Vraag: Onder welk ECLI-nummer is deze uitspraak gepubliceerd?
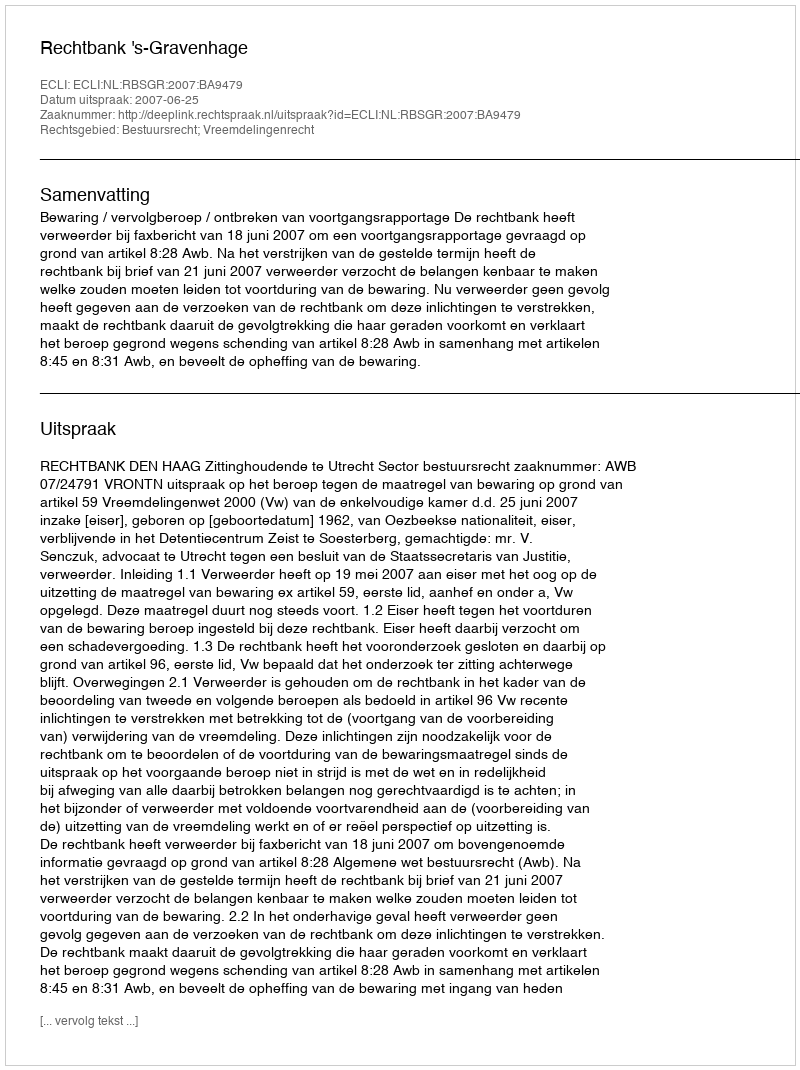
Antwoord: ECLI:NL:RBSGR:2007:BA9479